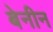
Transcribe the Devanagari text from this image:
बेनीन